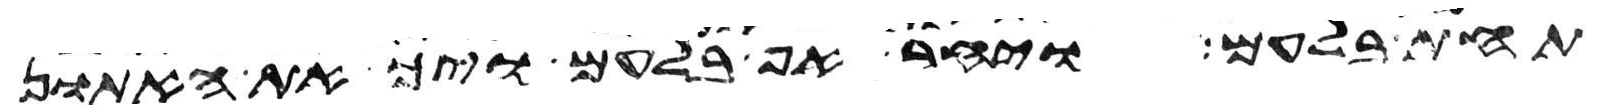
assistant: תחת בלעם ויחר אף בלעם ויך את האתון